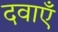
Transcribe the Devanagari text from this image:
दवाऍं